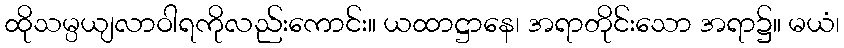
ထိုသမ္ပယျလာဝါရကိုလည်းကောင်း။ ယထာဋ္ဌာနေ၊ အရာတိုင်းသော အရာ၌။ မယံ၊